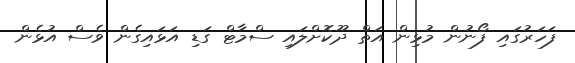
ފަހަރުގައި ފޯނުން މުޅިން އަތް ދޫކޮށްލައި ސްމާޓް ގަޑި އަޅައިގެން ވެސް އުޅެން